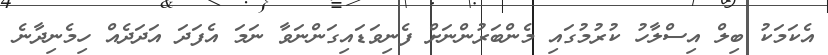
އެކަމަކު ބިލް އިސްލާހު ކުރުމުގައި މެންބަރުންނަށް ފެނިވަޑައިގަންނަވާ ނަމަ އެފަދަ އަދަދެއް ހިމެނިދާނެ